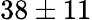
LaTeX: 38\pm 11